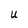
Character: U